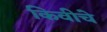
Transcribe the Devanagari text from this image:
किवीचे